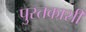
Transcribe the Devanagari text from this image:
पुस्तकाशी